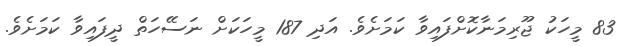
83 މީހަކު ޖޫރިމަނާކޮށްފައިވާ ކަމަށެވެ. އަދި 187 މީހަކަށް ނަސޭހަތް ދީފައިވާ ކަމަށެވެ.